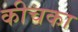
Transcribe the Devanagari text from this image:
कीचका